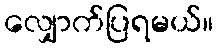
လျှောက်ပြရမယ်။